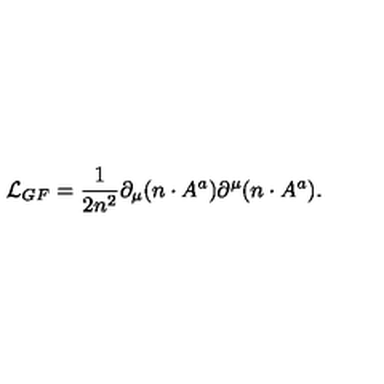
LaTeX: { \cal L } _ { G F } = \frac { 1 } { 2 n ^ { 2 } } \partial _ { \mu } ( n \cdot A ^ { a } ) \partial ^ { \mu } ( n \cdot A ^ { a } ) .